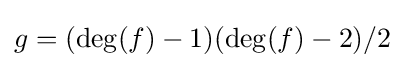
g=(\deg(f)-1)(\deg(f)-2)/2